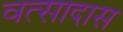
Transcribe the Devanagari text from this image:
वत्सादास